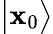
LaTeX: \big\vert\mathbf{x}_{0}\big\rangle